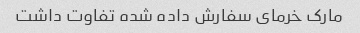
مارک خرمای سفارش داده شده تفاوت داشت